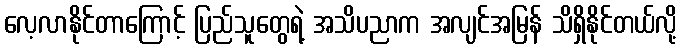
လေ့လာနိုင်တာကြောင့် ပြည်သူတွေရဲ့ အသိပညာက အလျင်အမြန် သိရှိနိုင်တယ်လို့